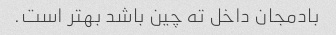
بادمجان داخل ته چین باشد بهتر است.